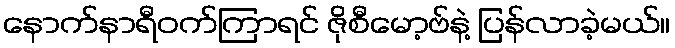
နောက်နာရီဝက်ကြာရင် ဇိုစီမော့ဗ်နဲ့ ပြန်လာခဲ့မယ်။